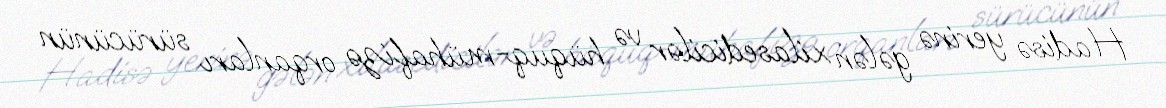
Hadisə yerinə gələn xilasedicilər və hüquq-mühafizə orqanları sürücünün